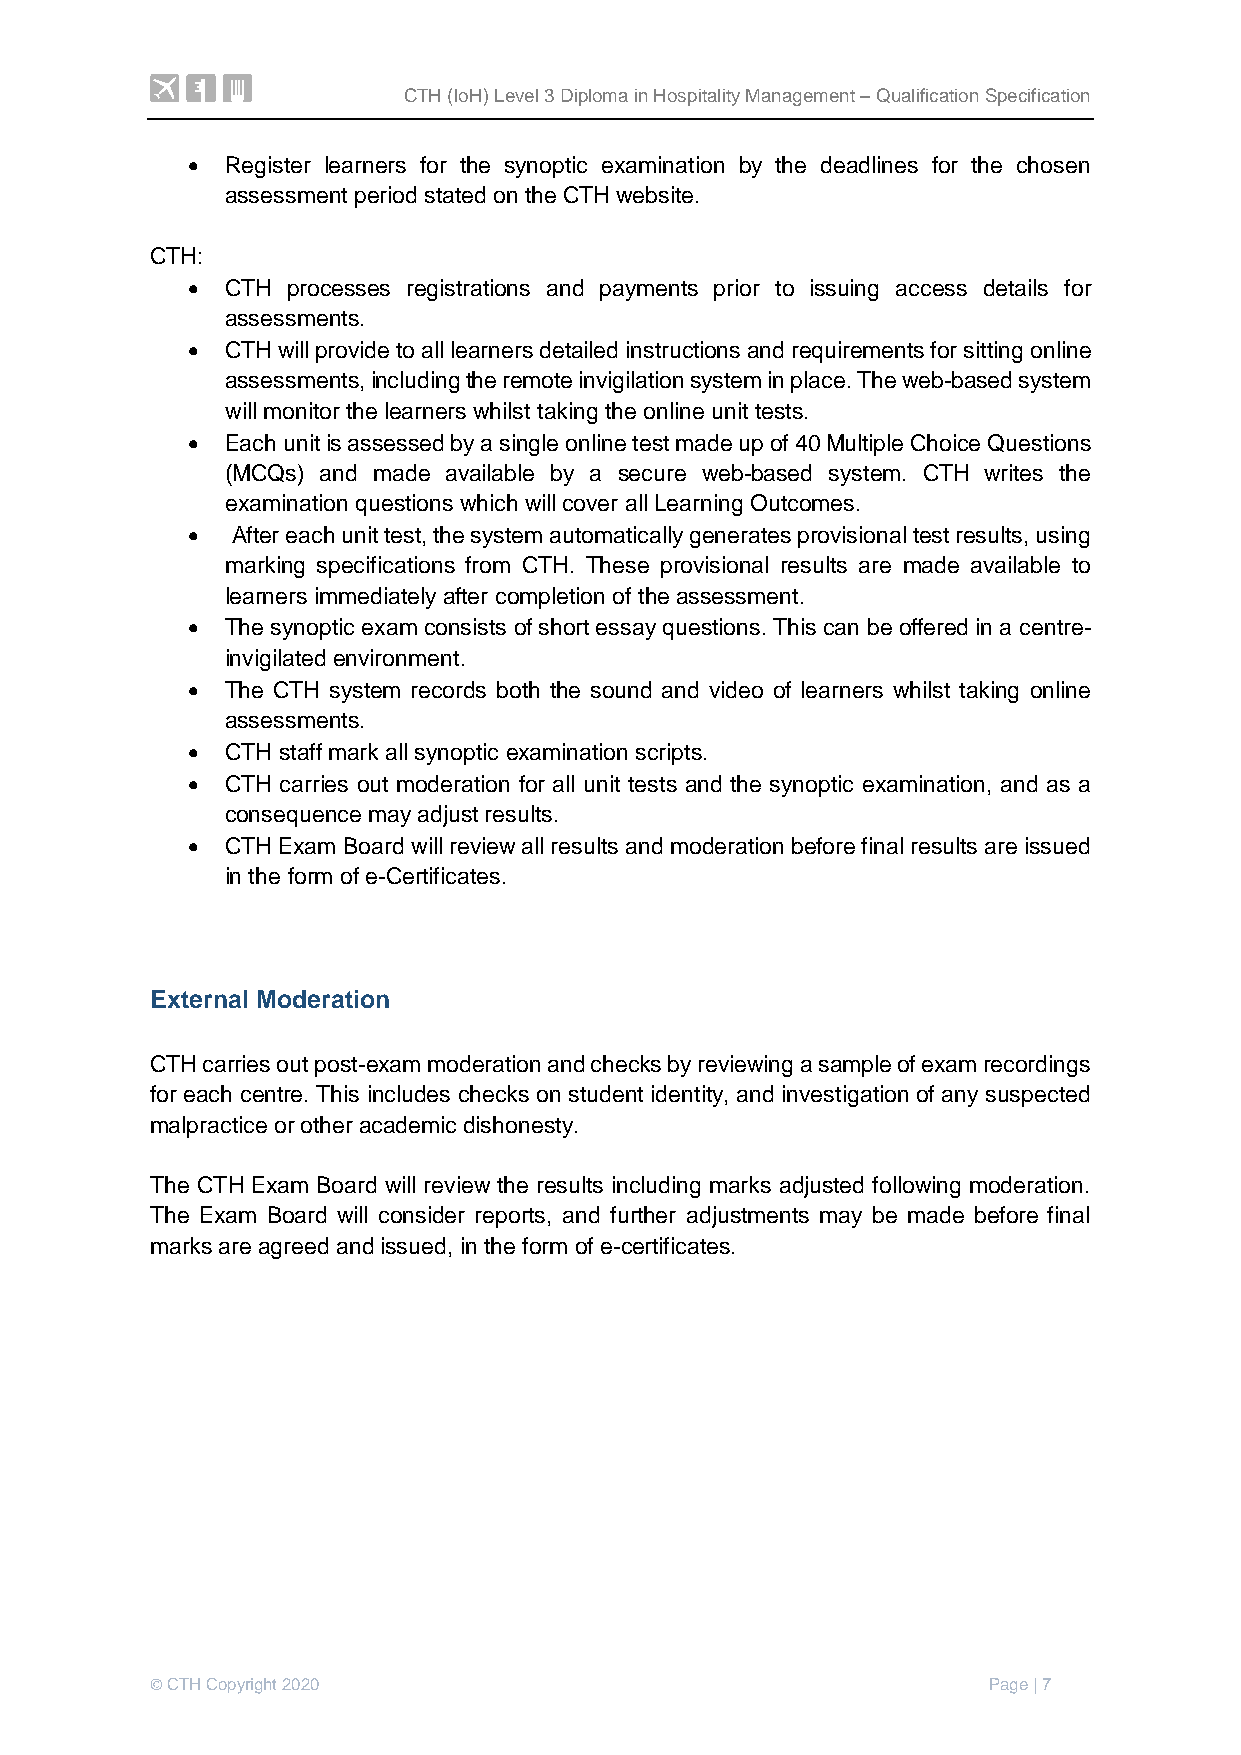
CTH (IoH) Level 3 Diploma in Hospitality Management – Qualification Specification
   Register learners for the synoptic examination by the deadlines for the chosen
 assessment period stated on the CTH website.
 CTH:
   CTH processes registrations and payments prior to issuing access details for
 assessments.
   CTH will provide to all learners detailed instructions and requirements for sitting online
 assessments, including the remote invigilation system in place. The web-based system
 will monitor the learners whilst taking the online unit tests.
   Each unit is assessed by a single online test made up of 40 Multiple Choice Questions
 (MCQs) and made available by a secure web-based system. CTH writes the
 examination questions which will cover all Learning Outcomes.
   After each unit test, the system automatically generates provisional test results, using
 marking specifications from CTH. These provisional results are made available to
 learners immediately after completion of the assessment.
   The synoptic exam consists of short essay questions. This can be offered in a centre-
 invigilated environment.
   The CTH system records both the sound and video of learners whilst taking online
 assessments.
   CTH staff mark all synoptic examination scripts.
   CTH carries out moderation for all unit tests and the synoptic examination, and as a
 consequence may adjust results.
   CTH Exam Board will review all results and moderation before final results are issued
 in the form of e-Certificates.
 External Moderation
 CTH carries out post-exam moderation and checks by reviewing a sample of exam recordings
 for each centre. This includes checks on student identity, and investigation of any suspected
 malpractice or other academic dishonesty.
 The CTH Exam Board will review the results including marks adjusted following moderation.
 The Exam Board will consider reports, and further adjustments may be made before final
 marks are agreed and issued, in the form of e-certificates.
 © CTH Copyright 2020                                   Page | 7